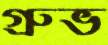
গ্রুভ